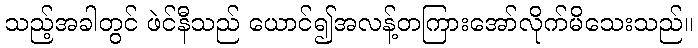
သည့်အခါတွင် ဖဲင်နီသည် ယောင်၍အလန့်တကြားအော်လိုက်မိသေးသည်။